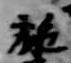
施